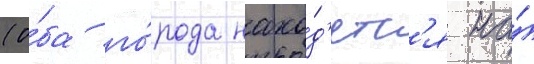
(о́ба го́рода нахо́д'ятс'я на́